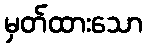
မှတ်ထားသော